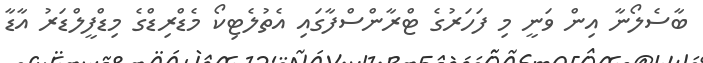
ބާސެލޯނާ އިން ވަނީ މި ފަހަރުގެ ޓްރާންސްފާގައި އެތުލެޓިކޯ މެޑްރިޑްގެ މިޑްފީލްޑަރު އާޑާ